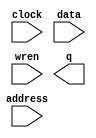
// megafunction wizard: %RAM: 1-PORT%VBB%
// GENERATION: STANDARD
// VERSION: WM1.0
// MODULE: altsyncram 

// ============================================================
// Megafunction Name(s):
// 			altsyncram
//
// Simulation Library Files(s):
// 			altera_mf
// ============================================================
// ************************************************************
// THIS IS A WIZARD-GENERATED FILE. DO NOT EDIT THIS FILE!
//
// 8.0 Build 215 05/29/2008 SJ Full Version
// ************************************************************

//Copyright (C) 1991-2008 Altera Corporation
//Your use of Altera Corporation's design tools, logic functions 
//and other software and tools, and its AMPP partner logic 
//functions, and any output files from any of the foregoing 
//(including device programming or simulation files), and any 
//associated documentation or information are expressly subject 
//to the terms and conditions of the Altera Program License 
//Subscription Agreement, Altera MegaCore Function License 
//Agreement, or other applicable license agreement, including, 
//without limitation, that your use is for the sole purpose of 
//programming logic devices manufactured by Altera and sold by 
//Altera or its authorized distributors.  Please refer to the 
//applicable agreement for further details.

module sin_lut (
	address,
	clock,
	data,
	wren,
	q);

	input	[6:0]  address;
	input	  clock;
	input	[7:0]  data;
	input	  wren;
	output	[7:0]  q;

endmodule

// ============================================================
// CNX file retrieval info
// ============================================================
// Retrieval info: PRIVATE: ADDRESSSTALL_A NUMERIC "0"
// Retrieval info: PRIVATE: AclrAddr NUMERIC "0"
// Retrieval info: PRIVATE: AclrByte NUMERIC "0"
// Retrieval info: PRIVATE: AclrData NUMERIC "0"
// Retrieval info: PRIVATE: AclrOutput NUMERIC "0"
// Retrieval info: PRIVATE: BYTE_ENABLE NUMERIC "0"
// Retrieval info: PRIVATE: BYTE_SIZE NUMERIC "8"
// Retrieval info: PRIVATE: BlankMemory NUMERIC "0"
// Retrieval info: PRIVATE: CLOCK_ENABLE_INPUT_A NUMERIC "0"
// Retrieval info: PRIVATE: CLOCK_ENABLE_OUTPUT_A NUMERIC "0"
// Retrieval info: PRIVATE: Clken NUMERIC "0"
// Retrieval info: PRIVATE: DataBusSeparated NUMERIC "1"
// Retrieval info: PRIVATE: IMPLEMENT_IN_LES NUMERIC "0"
// Retrieval info: PRIVATE: INIT_FILE_LAYOUT STRING "PORT_A"
// Retrieval info: PRIVATE: INIT_TO_SIM_X NUMERIC "0"
// Retrieval info: PRIVATE: INTENDED_DEVICE_FAMILY STRING "Cyclone II"
// Retrieval info: PRIVATE: JTAG_ENABLED NUMERIC "0"
// Retrieval info: PRIVATE: JTAG_ID STRING "NONE"
// Retrieval info: PRIVATE: MAXIMUM_DEPTH NUMERIC "0"
// Retrieval info: PRIVATE: MIFfilename STRING "sin_lut.hex"
// Retrieval info: PRIVATE: NUMWORDS_A NUMERIC "72"
// Retrieval info: PRIVATE: RAM_BLOCK_TYPE NUMERIC "0"
// Retrieval info: PRIVATE: READ_DURING_WRITE_MODE_PORT_A NUMERIC "3"
// Retrieval info: PRIVATE: RegAddr NUMERIC "1"
// Retrieval info: PRIVATE: RegData NUMERIC "1"
// Retrieval info: PRIVATE: RegOutput NUMERIC "1"
// Retrieval info: PRIVATE: SYNTH_WRAPPER_GEN_POSTFIX STRING "1"
// Retrieval info: PRIVATE: SingleClock NUMERIC "1"
// Retrieval info: PRIVATE: UseDQRAM NUMERIC "1"
// Retrieval info: PRIVATE: WRCONTROL_ACLR_A NUMERIC "0"
// Retrieval info: PRIVATE: WidthAddr NUMERIC "7"
// Retrieval info: PRIVATE: WidthData NUMERIC "8"
// Retrieval info: PRIVATE: rden NUMERIC "0"
// Retrieval info: CONSTANT: CLOCK_ENABLE_INPUT_A STRING "BYPASS"
// Retrieval info: CONSTANT: CLOCK_ENABLE_OUTPUT_A STRING "BYPASS"
// Retrieval info: CONSTANT: INIT_FILE STRING "sin_lut.hex"
// Retrieval info: CONSTANT: INTENDED_DEVICE_FAMILY STRING "Cyclone II"
// Retrieval info: CONSTANT: LPM_HINT STRING "ENABLE_RUNTIME_MOD=NO"
// Retrieval info: CONSTANT: LPM_TYPE STRING "altsyncram"
// Retrieval info: CONSTANT: NUMWORDS_A NUMERIC "72"
// Retrieval info: CONSTANT: OPERATION_MODE STRING "SINGLE_PORT"
// Retrieval info: CONSTANT: OUTDATA_ACLR_A STRING "NONE"
// Retrieval info: CONSTANT: OUTDATA_REG_A STRING "CLOCK0"
// Retrieval info: CONSTANT: POWER_UP_UNINITIALIZED STRING "FALSE"
// Retrieval info: CONSTANT: WIDTHAD_A NUMERIC "7"
// Retrieval info: CONSTANT: WIDTH_A NUMERIC "8"
// Retrieval info: CONSTANT: WIDTH_BYTEENA_A NUMERIC "1"
// Retrieval info: USED_PORT: address 0 0 7 0 INPUT NODEFVAL address[6..0]
// Retrieval info: USED_PORT: clock 0 0 0 0 INPUT NODEFVAL clock
// Retrieval info: USED_PORT: data 0 0 8 0 INPUT NODEFVAL data[7..0]
// Retrieval info: USED_PORT: q 0 0 8 0 OUTPUT NODEFVAL q[7..0]
// Retrieval info: USED_PORT: wren 0 0 0 0 INPUT NODEFVAL wren
// Retrieval info: CONNECT: @address_a 0 0 7 0 address 0 0 7 0
// Retrieval info: CONNECT: q 0 0 8 0 @q_a 0 0 8 0
// Retrieval info: CONNECT: @clock0 0 0 0 0 clock 0 0 0 0
// Retrieval info: CONNECT: @data_a 0 0 8 0 data 0 0 8 0
// Retrieval info: CONNECT: @wren_a 0 0 0 0 wren 0 0 0 0
// Retrieval info: LIBRARY: altera_mf altera_mf.altera_mf_components.all
// Retrieval info: GEN_FILE: TYPE_NORMAL sin_lut.v TRUE
// Retrieval info: GEN_FILE: TYPE_NORMAL sin_lut.inc FALSE
// Retrieval info: GEN_FILE: TYPE_NORMAL sin_lut.cmp FALSE
// Retrieval info: GEN_FILE: TYPE_NORMAL sin_lut.bsf FALSE
// Retrieval info: GEN_FILE: TYPE_NORMAL sin_lut_inst.v FALSE
// Retrieval info: GEN_FILE: TYPE_NORMAL sin_lut_bb.v TRUE
// Retrieval info: GEN_FILE: TYPE_NORMAL sin_lut_waveforms.html TRUE
// Retrieval info: GEN_FILE: TYPE_NORMAL sin_lut_wave*.jpg FALSE
// Retrieval info: GEN_FILE: TYPE_NORMAL sin_lut_syn.v TRUE
// Retrieval info: LIB_FILE: altera_mf